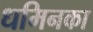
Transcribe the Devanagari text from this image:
धमिनका